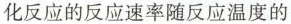
化反应的反应速率随反应温度的